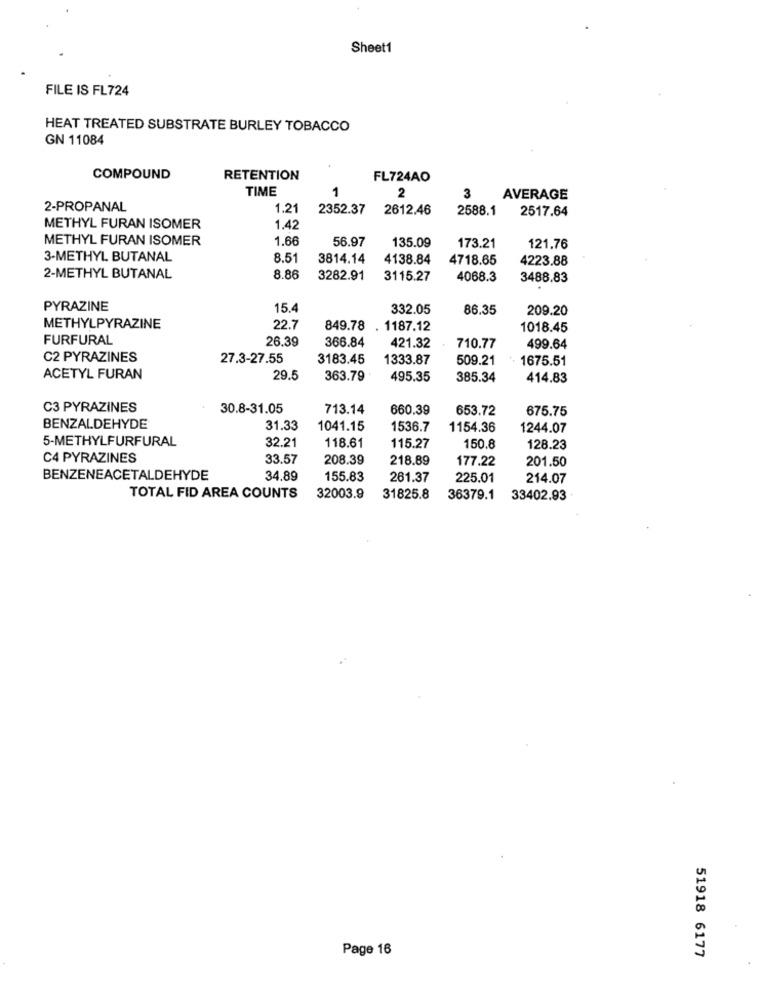
Sheet1
FILE IS FL724
HEAT TREATED SUBSTRATE BURLEY TOBACCO
GN 11084
COMPOUND
RETENTION
FL724AO
TIME
1
2
3
AVERAGE
2-PROPANAL
1.21
2352.37
2612.46
2588.1
2517.64
METHYL FURAN ISOMER
1.42
METHYL FURAN ISOMER
1.66
56.97
135.09
173.21
121.76
3-METHYL BUTANAL
8.51
3814.14
4138.84
4718.65
4223.88
2-METHYL BUTANAL
8.86
3282.91
3115.27
4068.3
3488.83
PYRAZINE
15.4
332.05
86.35
209.20
METHYLPYRAZINE
22.7
849.78 . 1187.12
1018.45
FURFURAL
26.39
366.84
421.32
710.77
499.64
C2 PYRAZINES
27.3-27.55
3183.45
1333.87
509.21
1675.51
ACETYL FURAN
29.5
363.79
495.35
385.34
414.83
C3 PYRAZINES
30.8-31.05
713.14
660.39
653.72
675.75
BENZALDEHYDE
31.33
1041.15
1536.7
1154.36
1244.07
5-METHYLFURFURAL
32.21
118.61
115.27
150.8
128.23
C4 PYRAZINES
33.57
208.39
218.89
177.22
201.50
BENZENEACETALDEHYDE
34.89
155.83
261.37
225.01
214.07
TOTAL FID AREA COUNTS
32003.9
31825.8
36379.1
33402.93
Page 16
51918 6177